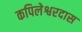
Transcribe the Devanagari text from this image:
कपिलेश्वरदास